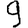
Digit: 9